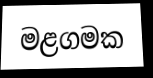
මළගමක